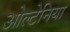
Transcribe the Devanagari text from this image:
ओल्टेनिया